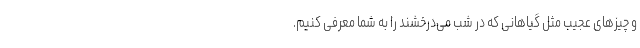
و چیز‌های عجیب مثل گیاهانی که در شب می‌درخشند را به شما معرفی کنیم.